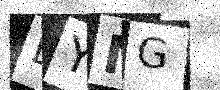
Text: EYNG